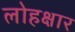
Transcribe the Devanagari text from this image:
लोहक्षार